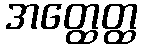
အတ္ထေတ္ထ